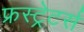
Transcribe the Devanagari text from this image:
फ्रस्ट्रेटर्स